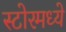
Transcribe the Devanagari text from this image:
स्टोरमध्ये